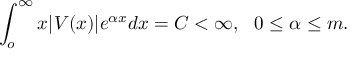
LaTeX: \int _ { o } ^ { \infty } x | V ( x ) | e ^ { \alpha x } d x = C < \infty , ~ ~ 0 \leq \alpha \leq m .